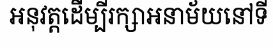
អនុវត្តដើម្បីរក្សាអនាម័យនៅទី